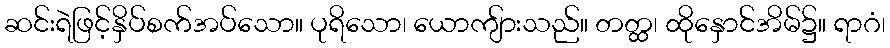
ဆင်းရဲဖြင့်နှိပ်စက်အပ်သော။ ပုရိသော၊ ယောကျ်ားသည်။ တတ္ထ၊ ထိုနှောင်အိမ်၌။ ရာဂံ၊